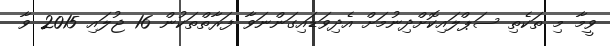
ވީމާ މި ތަކެތި ސަޕްލައިކޮށްދިނުމަށް އެދިވަޑައިގަންނަވާ ފަރާތްތަކުން 16 ޖުލައި 2015 ވާ